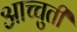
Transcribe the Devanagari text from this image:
आच्चुती